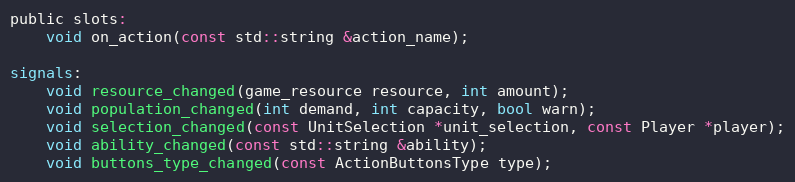
Language: C
public slots:
	void on_action(const std::string &action_name);

signals:
	void resource_changed(game_resource resource, int amount);
	void population_changed(int demand, int capacity, bool warn);
	void selection_changed(const UnitSelection *unit_selection, const Player *player);
	void ability_changed(const std::string &ability);
	void buttons_type_changed(const ActionButtonsType type);